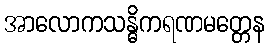
အာလောကသန္ဓိကရဏမတ္တေန